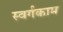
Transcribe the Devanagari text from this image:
स्वर्गकाम